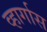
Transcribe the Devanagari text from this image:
व्हार्गास